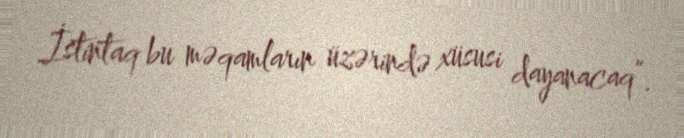
İstintaq bu məqamların üzərində xüsusi dayanacaq”.